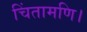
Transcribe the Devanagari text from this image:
चिंतामणि।